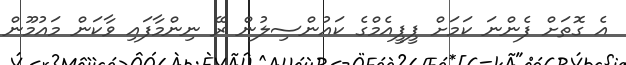
އެ ގޮތަށް ފެންނަ ކަމަށް ޕީޕީއެމްގެ ކައުންސިލުން ރޭ ނިންމާފައި ވާކަން މައުމޫން